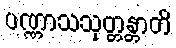
ပဏ္ဏာသသုတ္တန္တာတိ